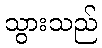
သွားသည်